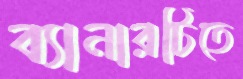
ব্যানারটিতে